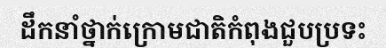
ដឹកនាំថ្នាក់ក្រោមជាតិកំពុងជួបប្រទះ